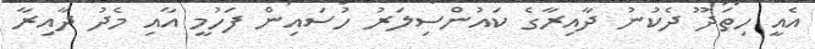
އެއީ ހިތަދޫ ދެކުނު ދާއިރާގެ ކައުންސިލަރު ހުސައިން ފަހުމީ އާއި މެދު ދާއިރާ